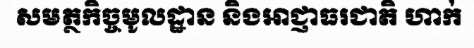
សមត្ថកិច្ចមូលដ្ឋាន និងអាជ្ញាធរជាតិ ហាក់